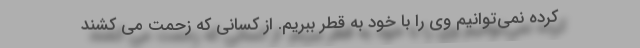
کرده نمی‌توانیم وی را با خود به قطر ببریم. از کسانی که زحمت می کشند